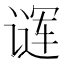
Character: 𬤖